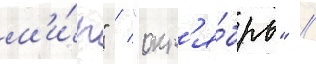
м'и́р" / "окт'я́брь" /